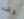
وقت